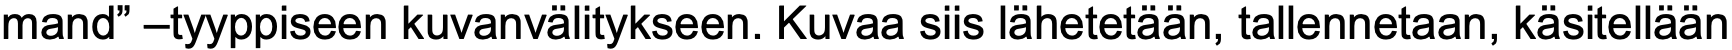
mand” –tyyppiseen kuvanvälitykseen. Kuvaa siis lähetetään, tallennetaan, käsitellään